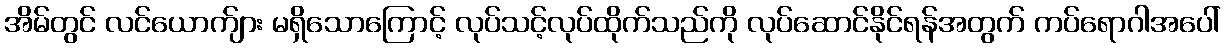
အိမ်တွင် လင်ယောက်ျား မရှိသောကြောင့် လုပ်သင့်လုပ်ထိုက်သည်ကို လုပ်ဆောင်နိုင်ရန်အတွက် ကပ်ရောဂါအပေါ်